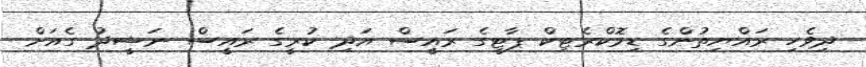
ދިވެހި ރައްޔިތުންގެ ޑިމޮކްރެޓިކް ޕާޓީގެ ރައީސް އަދި ކުރީގެ ރައީސް ނަޝީދު ގެއަށް